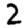
Digit: 2